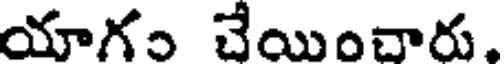
యాగం చేయించారు,